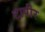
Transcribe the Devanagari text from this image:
टापीर